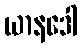
ယာနဒေါ